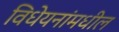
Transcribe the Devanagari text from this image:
विधेयनांमधील